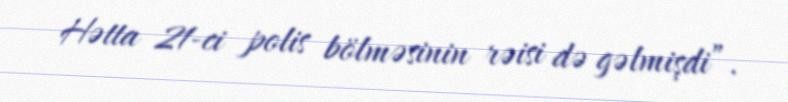
Hətta 21-ci polis bölməsinin rəisi də gəlmişdi”.